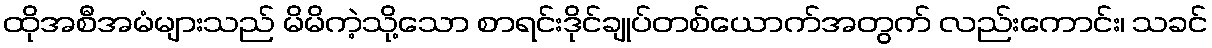
ထိုအစီအမံများသည် မိမိကဲ့သို့သော စာရင်းဒိုင်ချုပ်တစ်ယောက်အတွက် လည်းကောင်း၊ သခင်